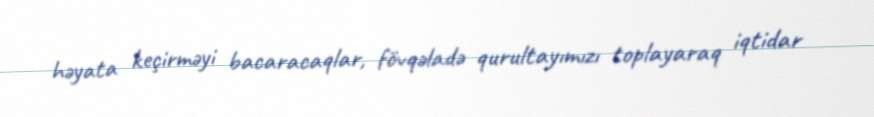
həyata keçirməyi bacaracaqlar, fövqəladə qurultayımızı toplayaraq iqtidar